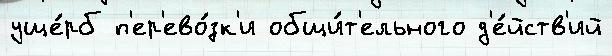
уще́рб п'ер'ево́зк'и общи́т'ельного д'е́йств'ий